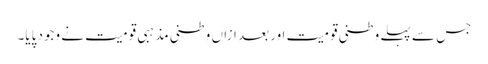
جس سے پہلے وطنی قومیت اور بعد ازاں وطنی مذہبی قومیت نے وجود پایا۔